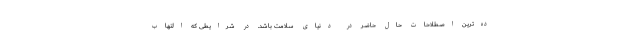
ده‌ترین اصطلاحات حال حاضر در دنیای سلامت باشد. در شرایطی که التهاب